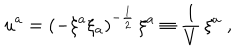
LaTeX: u ^ { a } = { \left( - \xi ^ { a } \xi _ { a } \right) } ^ { - { \frac { 1 } { 2 } } } \, \xi ^ { a } \equiv { \frac { 1 } { V } } \, \xi ^ { a } \; ,